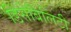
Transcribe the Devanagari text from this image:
डिसेबिलिटी